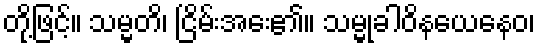
တို့ဖြင့်။ သမ္မတိ၊ ငြိမ်းအေး၏။ သမ္မုခါဝိနယေနေဝ၊